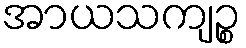
အာယသကျဉ္စ